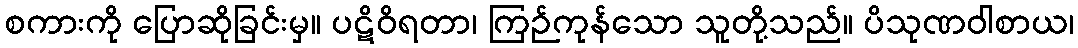
စကားကို ပြောဆိုခြင်းမှ။ ပဋိဝိရတာ၊ ကြဉ်ကုန်သော သူတို့သည်။ ပိသုဏဝါစာယ၊